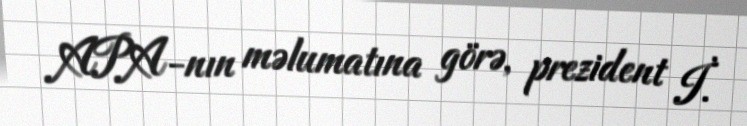
APA-nın məlumatına görə, prezident İ.